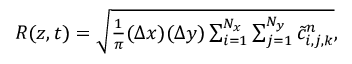
\begin{array} { r } { R ( z , t ) = \sqrt { \frac { 1 } { \pi } ( \Delta x ) ( \Delta y ) \sum _ { i = 1 } ^ { N _ { x } } \sum _ { j = 1 } ^ { N _ { y } } \tilde { c } _ { i , j , k } ^ { n } } , } \end{array}